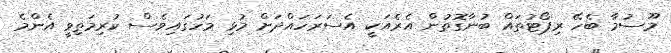
މޫސުމާ ބެހޭ ރިޕޯޓުތައް ބުނާގޮތުން އެރެއަކީ އެސަރަހައްދަށް މުޅި މަހުގައިވެސް ކުރިމަތިވީ އެންމެ